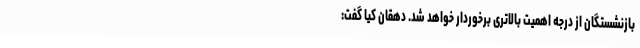
بازنشستگان از درجه اهمیت بالاتری برخوردار خواهد شد. دهقان کیا گفت: